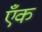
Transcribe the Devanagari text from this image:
एँक